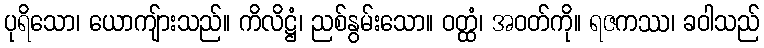
ပုရိသော၊ ယောကျ်ားသည်။ ကိလိဋ္ဌံ၊ ညစ်နွမ်းသော။ ဝတ္ထံ၊ အဝတ်ကို။ ရဇကဿ၊ ခဝါသည်